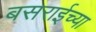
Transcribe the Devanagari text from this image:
बसराईच्या